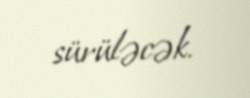
sürüləcək.